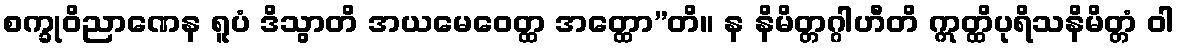
စက္ခုဝိညာဏေန ရူပံ ဒိသွာတိ အယမေဝေတ္ထ အတ္ထော”တိ။ န နိမိတ္တဂ္ဂါဟီတိ ဣတ္ထိပုရိသနိမိတ္တံ ဝါ